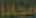
مجانا